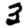
Digit: 3